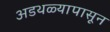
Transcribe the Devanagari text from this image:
अडथळ्यापासून